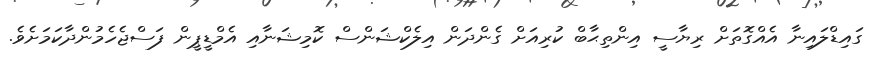
ގައިޑްލައިނާ އެއްގޮތަށް ރިޔާސީ އިންތިޙާބް ކުރިއަށް ގެންދަން އިލެކްޝަންސް ކޮމިޝަނާއި އެމްޑީޕީން ފަސްޖެހެމުންދާކަމަށެވެ.